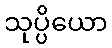
သုပ္ပိယော